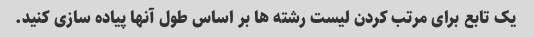
یک تابع برای مرتب کردن لیست رشته ها بر اساس طول آنها پیاده سازی کنید.